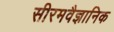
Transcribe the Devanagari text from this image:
सीरमवैज्ञानिक